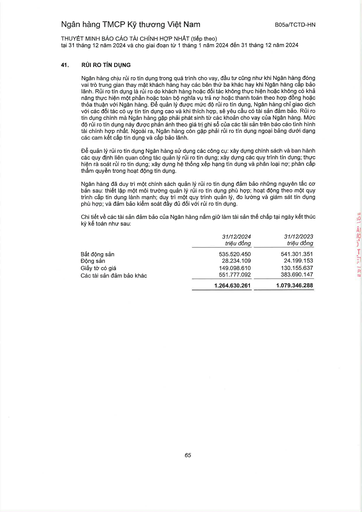
||31/12/2024 triệu đồng|31/12/2023 triệu đồng| |---|---|---| |Bất động sản|535.520.450|541.301.351| |Động sản|28.234.109|24.199.153| |Giấy tờ có giá|149.098.610|130.155.637| |Các tài sản đảm bảo khác|551.777.092|383.690.147| ||1.264.630.261|1.079.346.288|